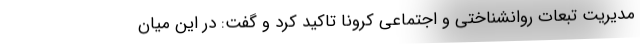
مدیریت تبعات روانشناختی و اجتماعی کرونا تاکید کرد و گفت: در این میان